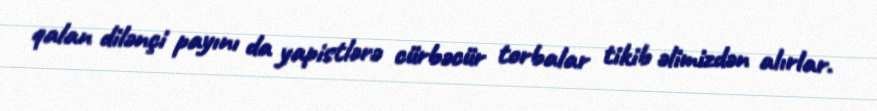
qalan dilənçi payını da yapistlərə cürbəcür torbalar tikib əlimizdən alırlar.